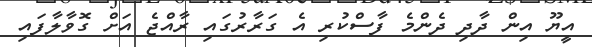
އީޔޫ އިން ދާދި ދެންމެ ފާސްކުރި އެ ގަރާރުގައި ރާއްޖެ އަށް ގޮވާލާފައި